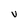
Character: V